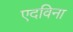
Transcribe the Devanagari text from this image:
एदविना